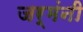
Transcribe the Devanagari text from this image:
जर्मंनी